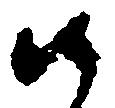
口